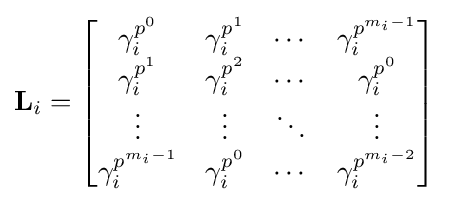
\mathbf {L} _{i}={\begin{bmatrix}\gamma _{i}^{p^{0}}&\gamma _{i}^{p^{1}}&\cdots &\gamma _{i}^{p^{m_{i}-1}}\\\gamma _{i}^{p^{1}}&\gamma _{i}^{p^{2}}&\cdots &\gamma _{i}^{p^{0}}\\\vdots &\vdots &\ddots &\vdots \\\gamma _{i}^{p^{m_{i}-1}}&\gamma _{i}^{p^{0}}&\cdots &\gamma _{i}^{p^{m_{i}-2}}\\\end{bmatrix}}